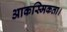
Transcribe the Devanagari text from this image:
आकस्मिकता।